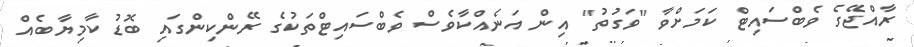
ރާއްޖޭގެ ވެބްސައިޓް ކަމަށްވާ "ވަގުތު" އިން އަނެއްކާވެސް ވެބްސައިޓްތަކުގެ ރޭންކިންގައި ބޮޑު ކާމިޔާބެއް